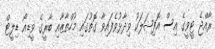
ރާއްޖެ ޓީވީގެ އިސް އޮފިޝަލަކު ވިދާޅުވެފައިވާ ގޮތުގައި މުހްތާޒާއި ބާރީގެ ވީޑިއޯ ޑިލީޓް